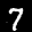
Label: 7